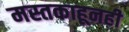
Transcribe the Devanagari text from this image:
मस्तकाहूनही